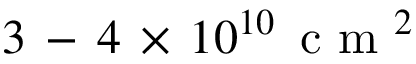
3 \, - \, 4 \, \times \, 1 0 ^ { 1 0 } \, \mathrm { ~ c ~ m ~ } ^ { 2 }